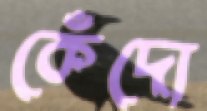
কেঁদো